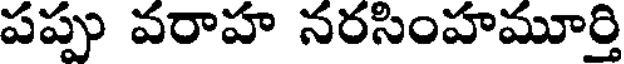
పప్పు వరాహ నరసింహమూర్తి